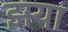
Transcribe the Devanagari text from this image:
झर्‍या